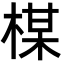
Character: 楳